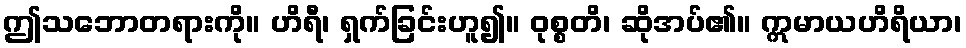
ဤသဘောတရားကို။ ဟိရီ၊ ရှက်ခြင်းဟူ၍။ ဝုစ္စတိ၊ ဆိုအပ်၏။ ဣမာယဟိရိယာ၊